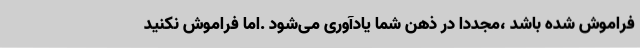
فراموش شده باشد ،مجددا در ذهن شما یادآوری می‌شود .اما فراموش نکنید